Civil Veterinary Department Bengal reports 1933-51 - 1933-1951
Year: 1933
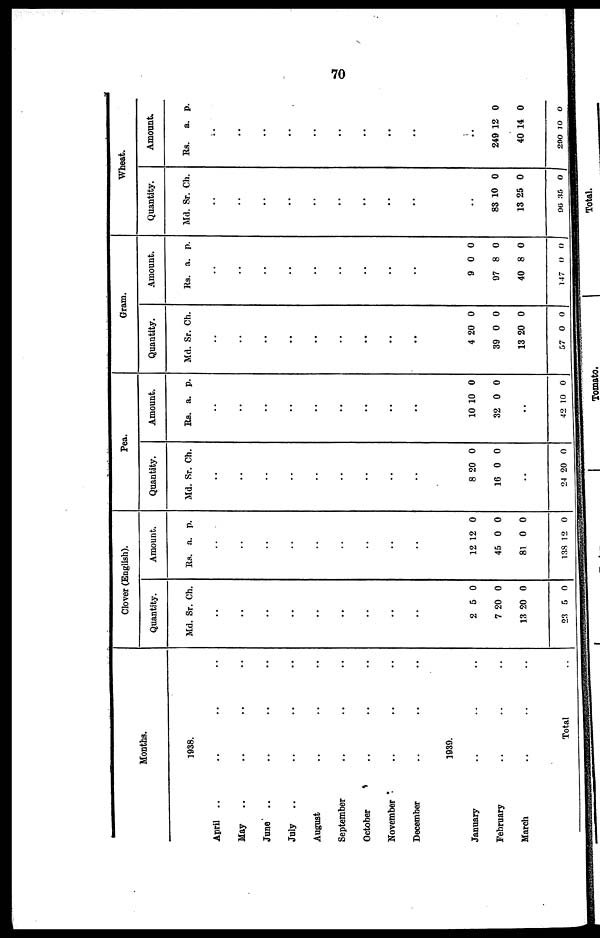
70
Months.
1938.
April .. .. .. ..
May .. .. .. ..
June .. .. .. ..
July
.. .. .. ..
August .. .. ..
September .. .. ..
October .. .. ..
November .. .. ..
December .. .. ..
1939.
January .. .. ..
February .. .. ..
March .. .. ..
Total ..
Clover (English).
Quantity.
Md. Sr. Ch.
..
..
..
..
..
..
..
..
..
2
7
13
23
5
20
20
5
0
0
0
0
Amount.
Rs. a. p.
..
..
..
..
..
..
..
..
..
12
45
81
138
12
0
0
12
0
0
0
0
Pea.
Quantity.
Md. Sr. Ch.
..
..
..
..
..
..
..
..
..
8
16
..
2
20
0
4 20
0
0
0
Amount.
Rs.
..
..
..
..
..
..
..
..
..
10
32
..
42
a.
10
0
10
p.
0
0
0
Gram.
Quantity.
Md.
..
..
..
..
..
..
..
..
..
4
39
13
57
Sr.
20
0
20
0
Ch.
0
0
0
0
Amount.
Rs.
..
..
..
..
..
..
..
..
..
9
97
40
147
a.
0
8
8
0
p.
0
0
0
0
Wheat.
Quantity.
Md. Sr. Ch.
..
..
..
..
..
..
..
..
..
..
8
1
96
3 10
3 25
35
0
0
0
Amount.
Rs.
a. p.
..
..
..
..
..
..
..
..
..
..
249
40
290
12
14
10
0
0
0